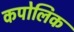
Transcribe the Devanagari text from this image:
कपोलिक